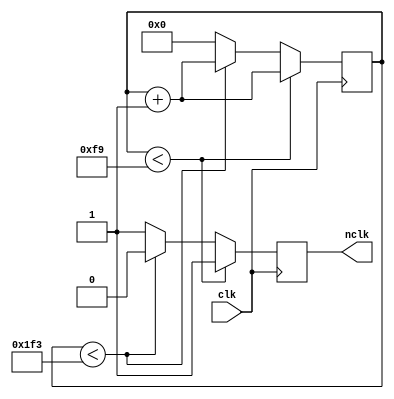
// clock division
module Clkdiv
(
    input clk,
    //new clock
    output reg nclk
);
    
    //default=10us
    parameter bits = 9, cycle = 500;

    reg [bits-1:0] cnt;

    always @(posedge clk)
        if (cnt < cycle/2-1) begin
            nclk <= 1;
            cnt <= cnt + 1;
		end
        else if (cnt < cycle-1) begin
            nclk <= 0;
            cnt <= cnt + 1;
		end
        else begin
            nclk <= 1;
            cnt <= 0;
		end

endmodule